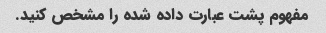
مفهوم پشت عبارت داده شده را مشخص کنید.